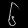
Digit: ၆